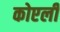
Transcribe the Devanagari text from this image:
कोएली